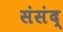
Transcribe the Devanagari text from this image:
संसंद्